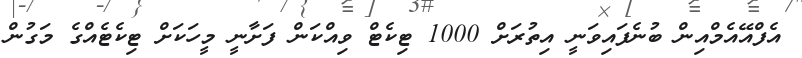
އެފްއޭއެމްއިން ބުނެފައިވަނީ އިތުރަށް 1000 ޓިކެޓް ވިއްކަން ފަށާނީ މީހަކަށް ޓިކެޓެއްގެ މަގުން